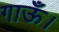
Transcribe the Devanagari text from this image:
गाऊँ।